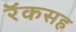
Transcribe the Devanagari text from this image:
रॅकसह